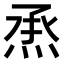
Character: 𤉋